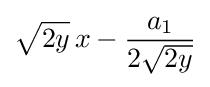
{\sqrt {2y}}\,x-{\frac {a_{1}}{2{\sqrt {2y}}}}